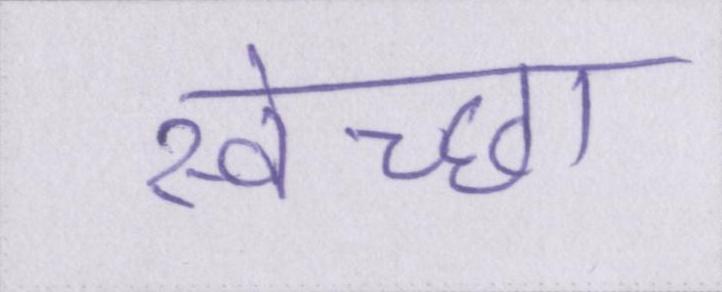
स्वेच्छा